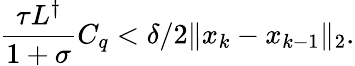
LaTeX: \frac{\tau L^{\dagger}}{1+\sigma}C_{q}<\delta/2\| x_{k}-x_{k-1}\| _{2}.